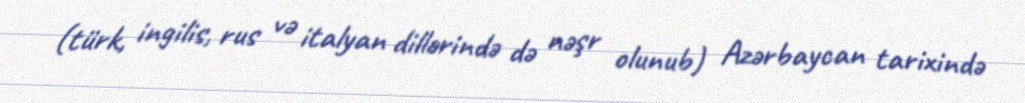
(türk, ingilis, rus və italyan dillərində də nəşr olunub) Azərbaycan tarixində